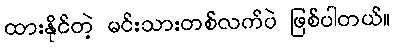
ထားနိုင်တဲ့ မင်းသားတစ်လက်ပဲ ဖြစ်ပါတယ်။